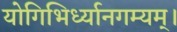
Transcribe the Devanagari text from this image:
योगिभिर्ध्यानगम्यम्।